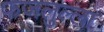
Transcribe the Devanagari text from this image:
फजलुल्ला